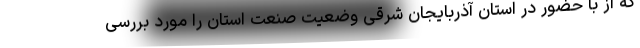
که از با حضور در استان آذربایجان شرقی وضعیت صنعت استان را مورد بررسی